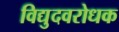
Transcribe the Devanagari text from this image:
विद्युदवरोधक